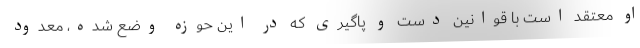
او معتقد است با قوانین دست و پاگیری که در این حوزه وضع شده، معدود